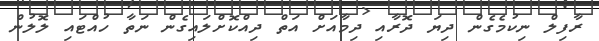
ރާފިލް ނިކުމެގެން ދިޔަ ދޮރާއި ދިމާއަށް އަތް ދިއްކޮށްލައިގެން ނަތާ ހުއްޓައި ލޮލުން